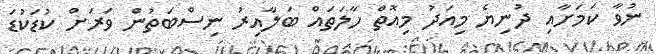
ނުވާ ކަމަށާއި ދުނިޔެ މިއަދު މިއޮތް ހާލަތައް ބަލާއިރު ނިސްބަތުން ވަރަށް ކުޑަކުޑަ